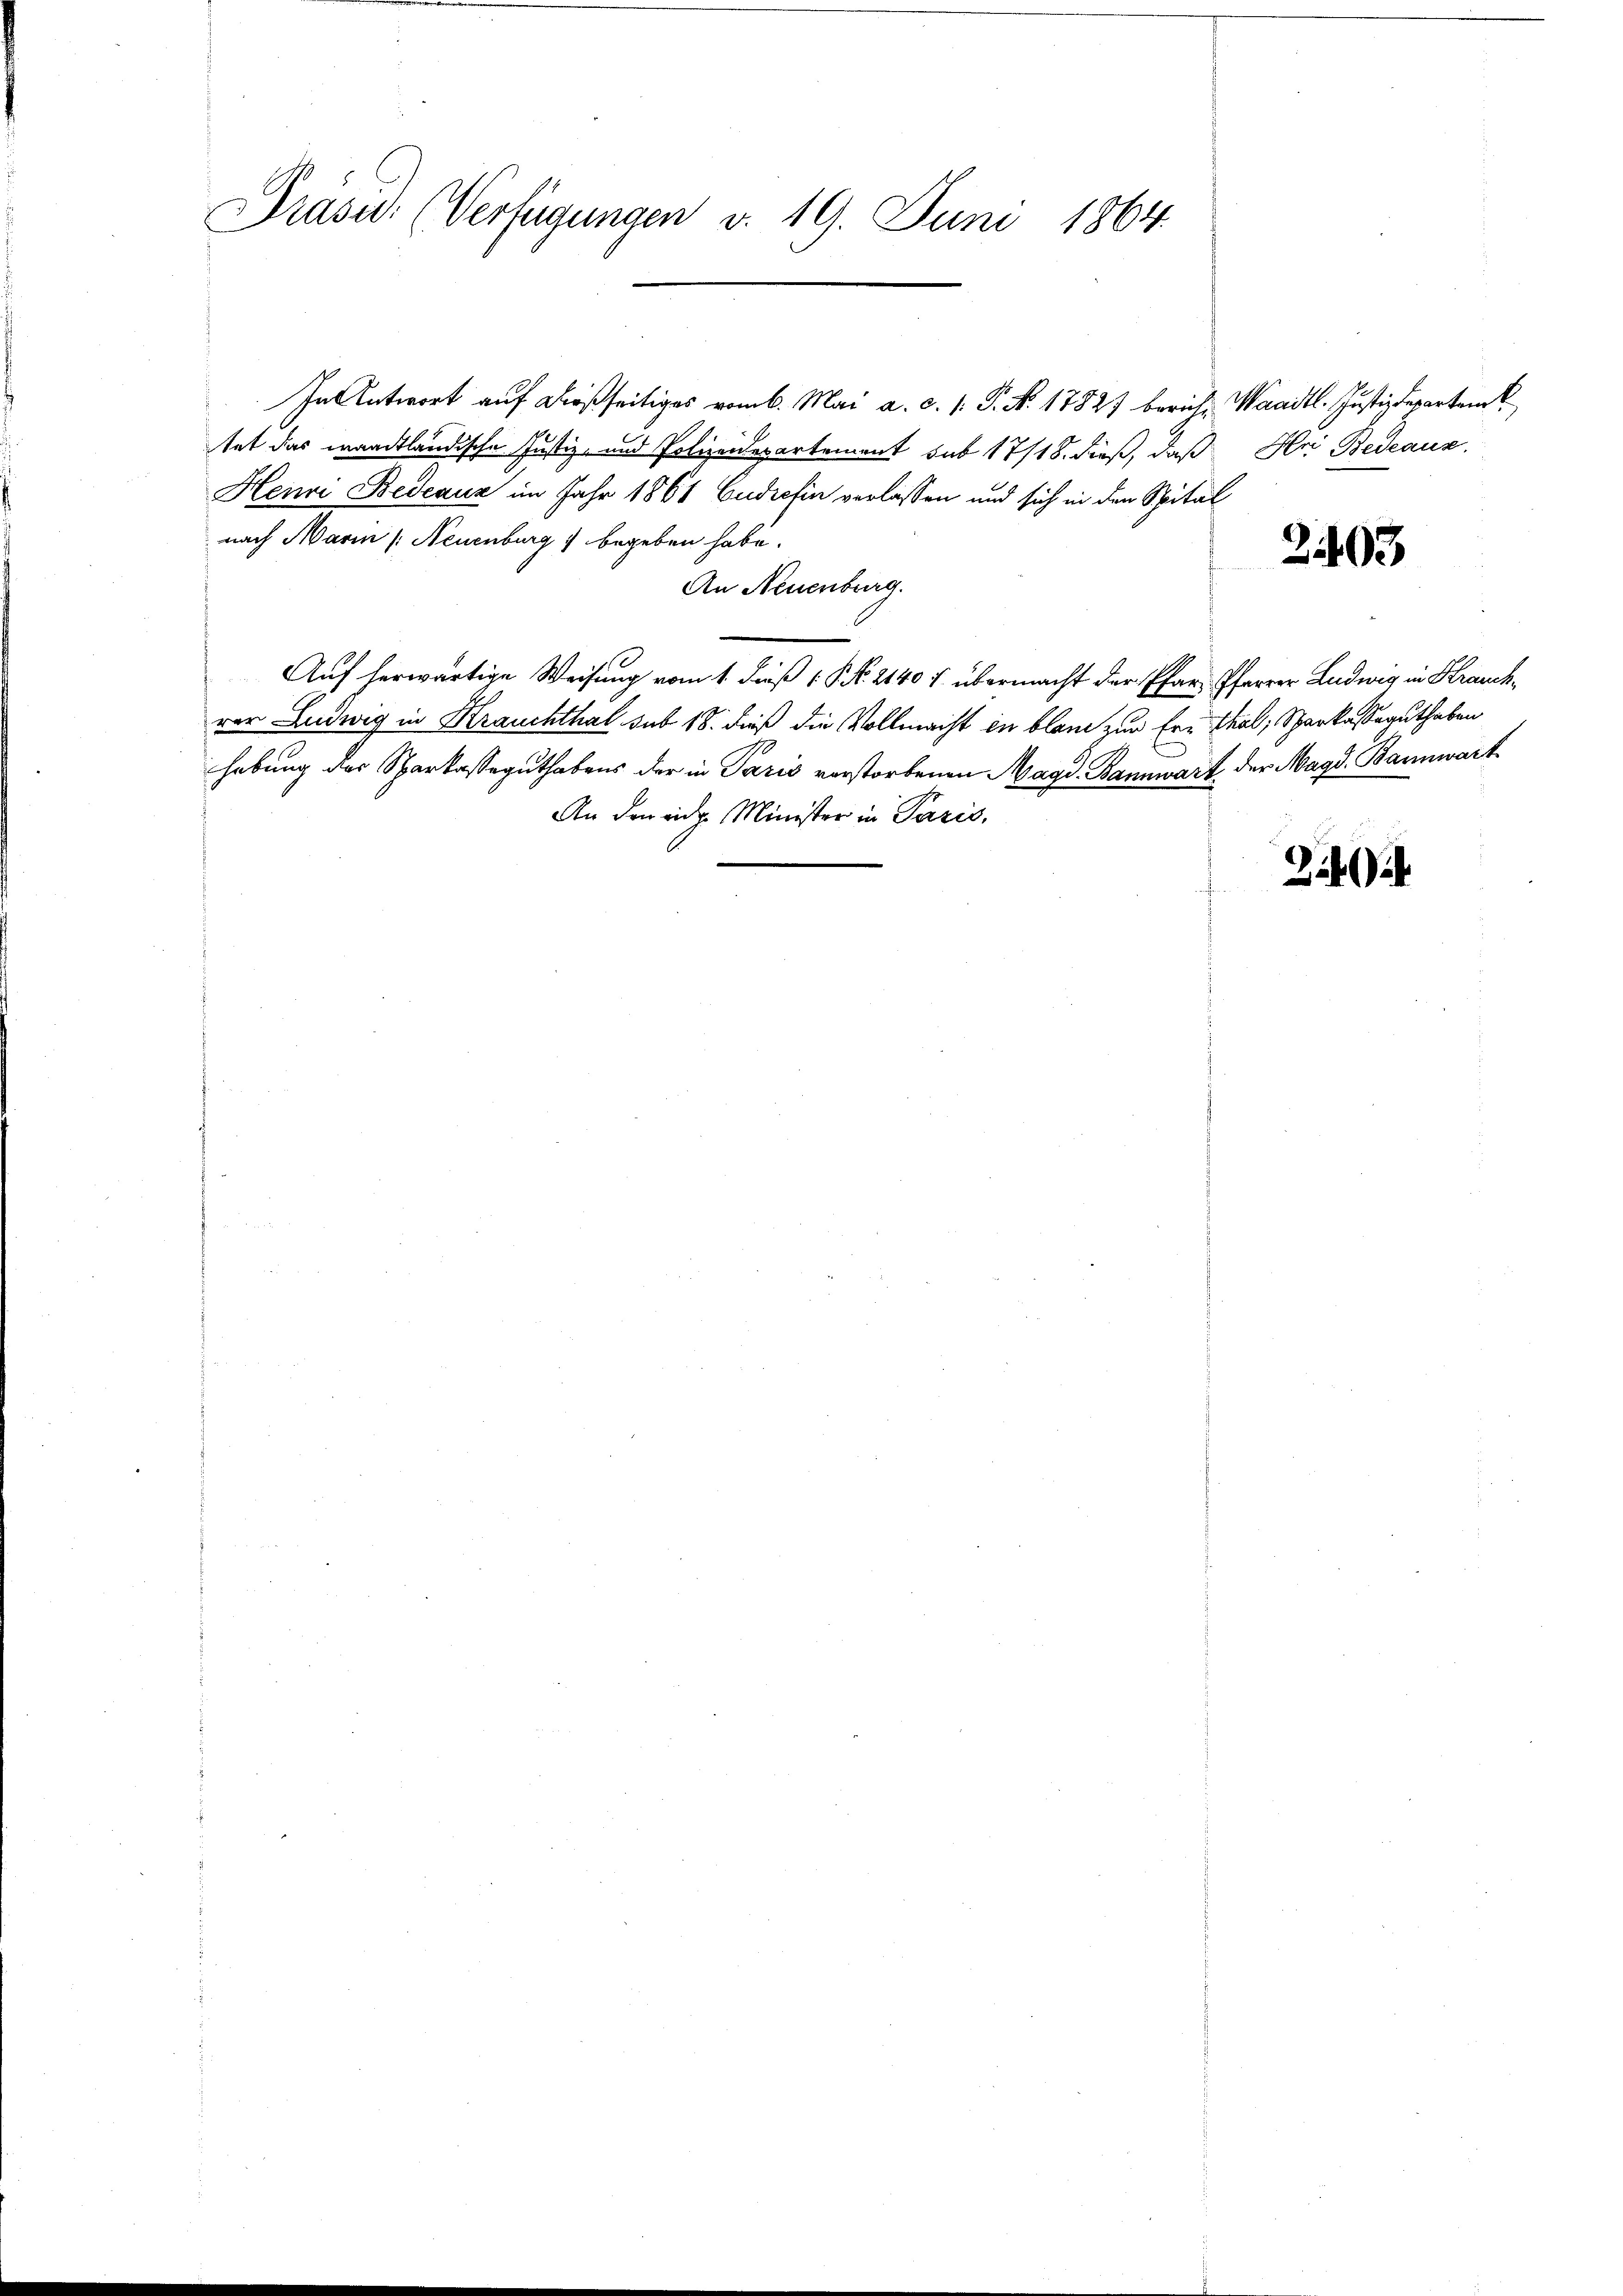
Präsidi (Verfügungen v. 19. Juni 1864.

In Antwort auf dießseitiges vom 6. Mai a. c. s. P. Nr. 17827 berich, Waadt. Justizdepartem
tat das waadtländische Justiz- und Polizeidepartement sub 17/18. dieß, daß Hri Bedeaus
Heure Bedeaux im Jahr 1861 Cudrefin verlassen und sich in den Spital
nach Marin (Neuenburg begeben habe.
An Neuenburg.
Auf herwärtige Weisung vom 1. Fuß (N. N. 2140 f übermacht der Pfarr Pfarrer Ludwig in Krauchrer Ludwig in Krauchthal sub 18. dieß die Vollmacht in blone zur Ern Thal, Sparkassaguthaben
habung der Sparkasseguthabens der in Paris verstorbenen Magd. Bannwart der Magd. Bannwart
An den eine Minister in Paris,

2403

i